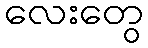
လေးတွေ